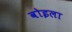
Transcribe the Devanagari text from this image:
वोइला